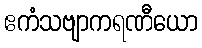
ဧကံသဗျာကရဏီယော